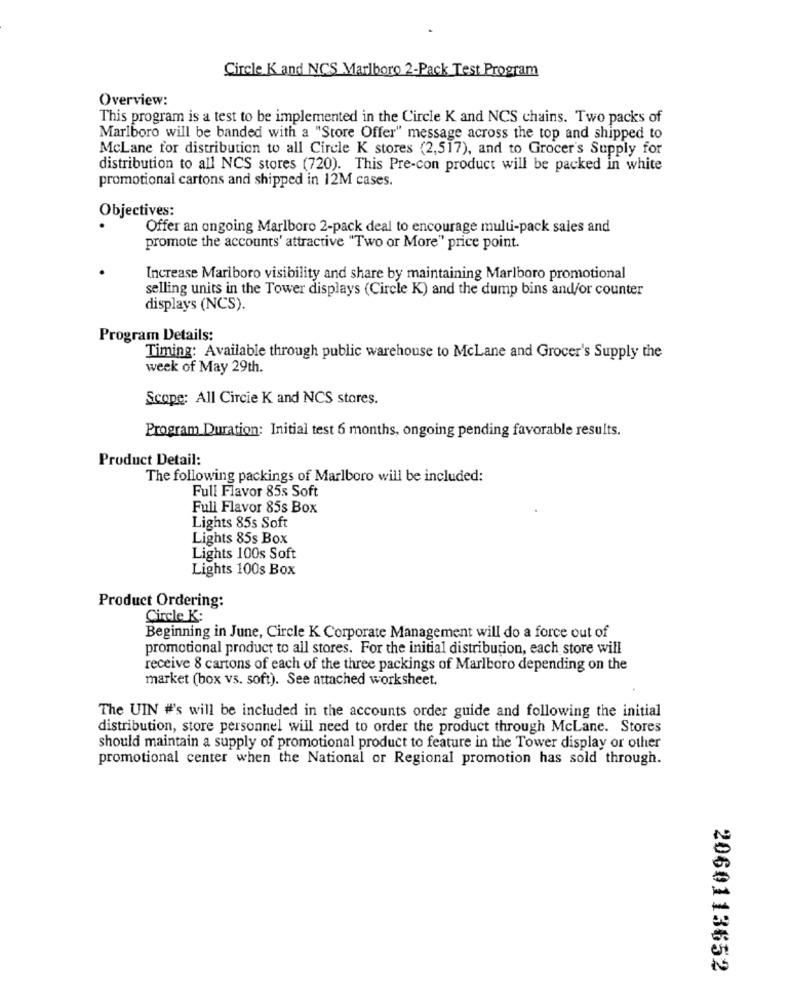
Circle K and NCS Marlboro 2-Pack Test Program
Overview:
This program is a test to be implemented in the Circle K and NCS chains. Two packs of
Marlboro will be banded with a "Store Offer" message across the top and shipped to
McLane for distribution to all Circle K stores (2,517), and to Grocer's Supply for
distribution to all NCS stores (720). This Pre-con product will be packed in white
promotional cartons and shipped in 12M cases.
Objectives:
Offer an ongoing Marlboro 2-pack deal to encourage multi-pack sales and
promote the accounts' attractive "Two or More" price point.
Increase Marlboro visibility and share by maintaining Marlboro promotional
selling units in the Tower displays (Circle K) and the dump bins and/or counter
displays (NCS).
Program Details:
Timing: Available through public warehouse to McLane and Grocer's Supply the
week of May 29th.
Scope: All Circie K and NCS stores.
Program Duration: Initial test 6 months, ongoing pending favorable results.
Product Detail:
The following packings of Marlboro will be included:
Full Flavor 85s Soft
Full Flavor 85s Box
Lights 85s Soft
Lights 85s Box
Lights 100s Soft
Lights 100s Box
Product Ordering:
Circle K:
Beginning in June, Circle K Corporate Management will do a force out of
promotional product to all stores. For the initial distribution, each store will
receive 8 cartons of each of the three packings of Marlboro depending on the
market (box vs. soft). See attached worksheet.
The UIN #'s will be included in the accounts order guide and following the initial
distribution, store personnel will need to order the product through McLane. Stores
should maintain a supply of promotional product to feature in the Tower display or other
promotional center when the National or Regional promotion has sold through.
2060113652